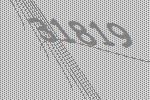
31819